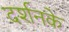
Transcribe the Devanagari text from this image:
दर्शनके